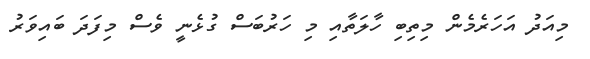
މިއަދު އަހަރެމެން މިތިބި ހާލަތާއި މި ހަރުބަސް ގުޅެނީ ވެސް މިފަދަ ބައިވަރު